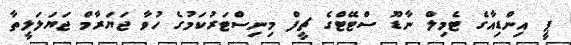
ޕީ އިންޑިއާގެ ޓެމިލް ނާޑޫ ސްޓޭޓްގެ ޗީފް މިނިސްޓަރުކަމުގެ ހުވާ ޖަޔަރާމް ޖަޔަލަލީތާ